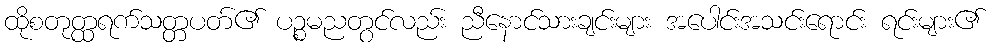
ထိုစတုတ္ထရက်သတ္တပတ်၏ ပဉ္စမညတွင်လည်း ညီနောင်သားချင်းများ အပေါင်းအသင်းရောင်း ရင်းများ၏